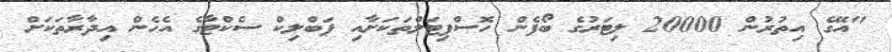
"އޭގެ އިތުރުން 20000 ލިޓަރުގެ ބޯފެން ހޮސްޕިޓަލްތަކަށާއި ޕަބްލިކް ސެކްޓާގެ އެހެން އިދާރާތަކަށް